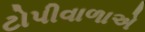
ટોપીવાળાએ